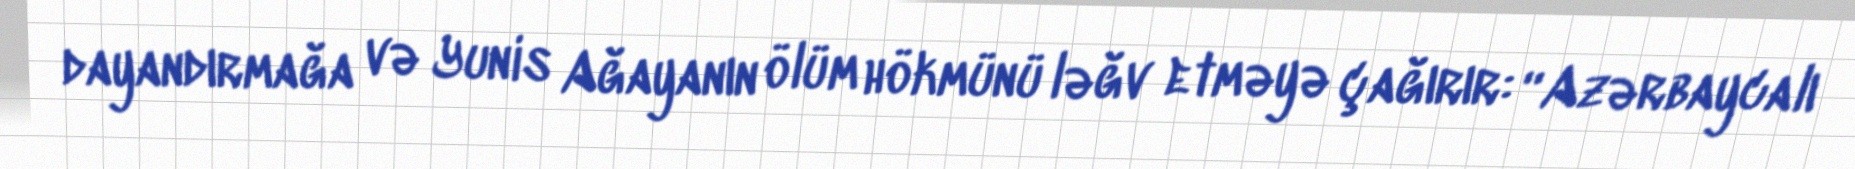
dayandırmağa və Yunis Ağayanın ölüm hökmünü ləğv etməyə çağırır: “Azərbaycalı